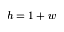
h = 1 + w